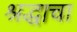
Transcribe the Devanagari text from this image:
श्रद्धाचा